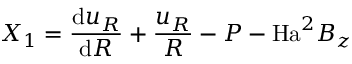
X _ { 1 } = \frac { \mathrm { d } u _ { R } } { \mathrm { d } R } + \frac { u _ { R } } { R } - P - \mathrm { H a } ^ { 2 } B _ { z }